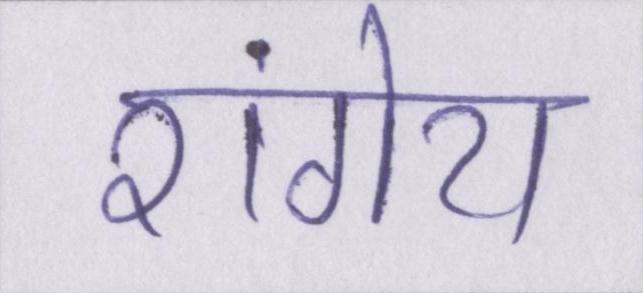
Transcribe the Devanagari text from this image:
रांगेय